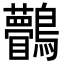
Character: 𪈆